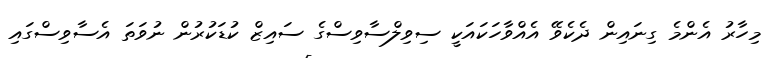
މިހާރު އެންމެ ގިނައިން ދެކެވޭ އެއްވާހަކައަކީ ސިވިލްސާވިސްގެ ސައިޒް ކުޑަކުރުން ނުވަތަ އެސާވިސްގައި